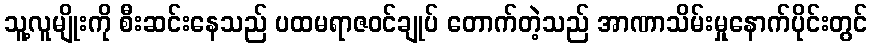
သူ့လူမျိုးကို စီးဆင်းနေသည် ပထမရာဇဝင်ချုပ် တောက်တဲ့သည် အာဏာသိမ်းမှုနောက်ပိုင်းတွင်